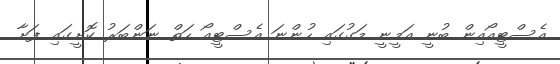
އެސްޓީއޯއިން ބުނީ އަމީނީ މަގުގައި ހުންނަ އެސްޓީއޯ ހަތް ނަންބަރު ކޮށީގައި ފަށާ